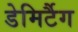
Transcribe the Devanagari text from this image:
डेमिर्टैग